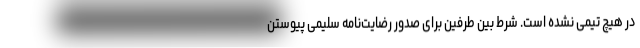
در هیچ تیمی نشده است. شرط بین طرفین برای صدور رضایت‌نامه سلیمی پیوستن